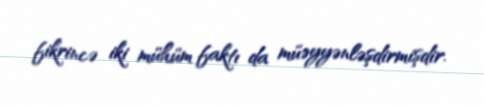
fikrincə iki mühüm faktı da müəyyənləşdirmişdir.